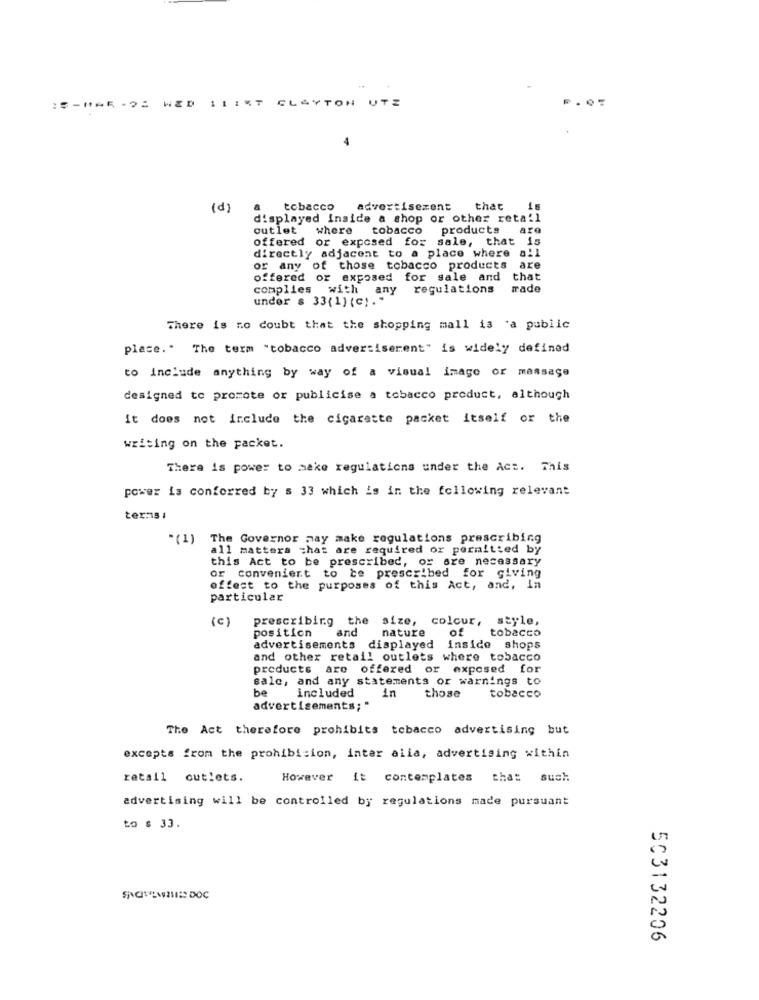
WED
11
CLAYTON
UTE
(d)
a tobacco
advertisement
that
16
displayed inside a shop or other retail
outlet where tobacco
products
are
offered or exposed for sale, that is
directly adjacent to a place where all
or any of those tobacco products are
offered or exposed for sale and that
complies with
any regulations
rade
under s 33(1) (c)."
There is no doubt that the shopping mall is 'a public
place." The term "tobacco advertiserent" is widely defined
to include anything by way of a visual image or massage
designed to promote or publicise a tobacco product, although
it does not include the cigarette packet itself or the
writing on the packet.
There is power to make regulations under the Act. This
power is conferred by s 33 which is in the following relevant
tex:15 1
"(1) The Governor may make regulations prescribing
all matters chat are required or permitted by
this Act to be prescribed, or are necessary
or convenient to be prescribed for giving
offest to the purposes of this Act, and, In
particular
(C)
prescribing the
size, colcur, style,
position
and
nature
of
tobacco
advertisements displayed inside shops
and other retail outlets where tobacco
products are offered or exposed for
salc, and any statements or warnings to
be
tobacco
included in
those
advertisements;"
The Act therefore prohibits tobacco advertising but
excepts from the prohibition, inter alia, advertising within
retail outlets.
However it contemplates that such
advertising will be controlled by regulations made pursuant
to : 33.
503132206